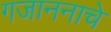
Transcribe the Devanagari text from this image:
गजाननाचे